Civil Veterinary Department. Madras. Admin. report 1926-33 - 1926-1933
Year: 1926
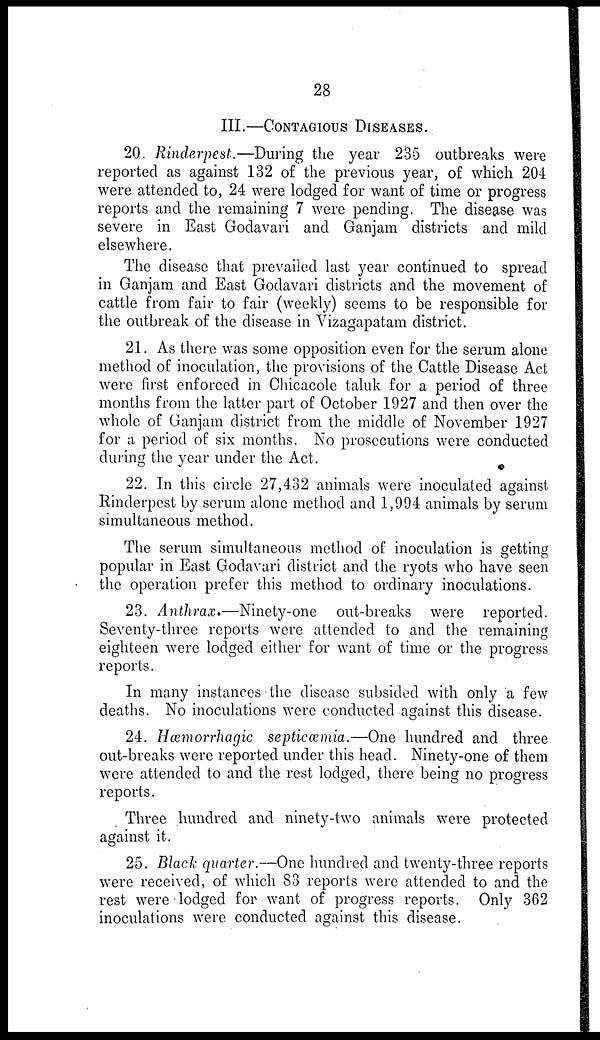
28
III.—CONTAGIOUS DISEASES.
20. Rinderpest.—During the year 235 outbreaks were
reported as against 132 of the previous year, of which 204
were attended to, 24 were lodged for want of time or progress
reports and the remaining 7 were pending. The disease was
severe in East Godavari and Ganjam districts and mild
elsewhere.
The disease that prevailed last year continued to spread
in Ganjam and East Godavari districts and the movement of
cattle from fair to fair (weekly) seems to be responsible for
the outbreak of the disease in Vizagapatam district.
21. As there was some opposition even for the serum alone
method of inoculation, the provisions of the Cattle Disease Act
were first enforced in Chicacole taluk for a period of three
months from the latter part of October 1927 and then over the
whole of Ganjam district from the middle of November 1927
for a period of six months. No prosecutions were conducted
during the year under the Act.
22. In this circle 27,432 animals were inoculated against
Rinderpest by serum alone method and 1,994 animals by serum
simultaneous method.
The serum simultaneous method of inoculation is getting
popular in East Godavari district and the ryots who have seen
the operation prefer this method to ordinary inoculations.
23. Anthrax.—Ninety-one out-breaks were reported.
Seventy-three reports were attended to and the remaining
eighteen were lodged either for want of time or the progress
reports.
In many instances the disease subsided with only a few
deaths. No inoculations were conducted against this disease.
24. Hæmorrhagic septicæmia.—One hundred and three
out-breaks were reported under this head. Ninety-one of them
were attended to and the rest lodged, there being no progress
reports.
Three hundred and ninety-two animals were protected
against it.
25. Black quarter.—One hundred and twenty-three reports
were received, of which 83 reports were attended to and the
rest were lodged for want of progress reports. Only 362
inoculations were conducted against this disease.